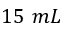
1 5 ~ m L